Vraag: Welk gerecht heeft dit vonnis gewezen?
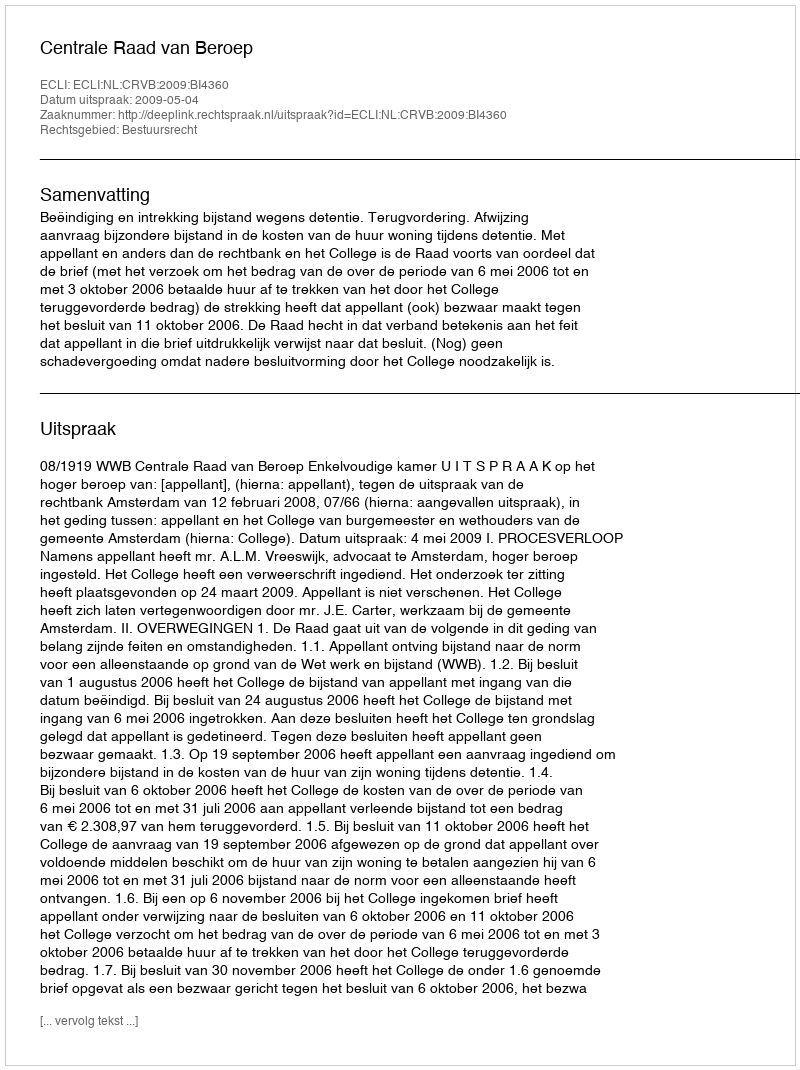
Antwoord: Centrale Raad van Beroep